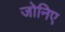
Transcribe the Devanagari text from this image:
जोनिए